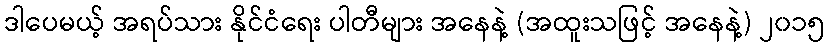
ဒါပေမယ့် အရပ်သား နိုင်ငံရေး ပါတီများ အနေနဲ့ (အထူးသဖြင့် အနေနဲ့) ၂၀၁၅